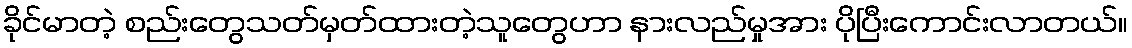
ခိုင်မာတဲ့ စည်းတွေသတ်မှတ်ထားတဲ့သူတွေဟာ နားလည်မှုအား ပိုပြီးကောင်းလာတယ်။